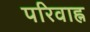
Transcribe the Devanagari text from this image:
परिवाह्न